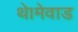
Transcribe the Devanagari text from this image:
थे।मेवाड